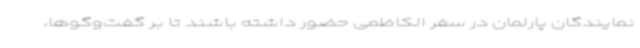
نمایندگان پارلمان در سفر الکاظمی حضور داشته باشند تا بر گفت‌وگوها،